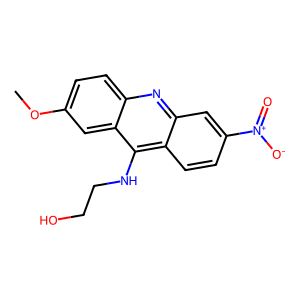
SMILES: COc1ccc2nc3cc([N+](=O)[O-])ccc3c(NCCO)c2c1
Inhibits HIV replication: No